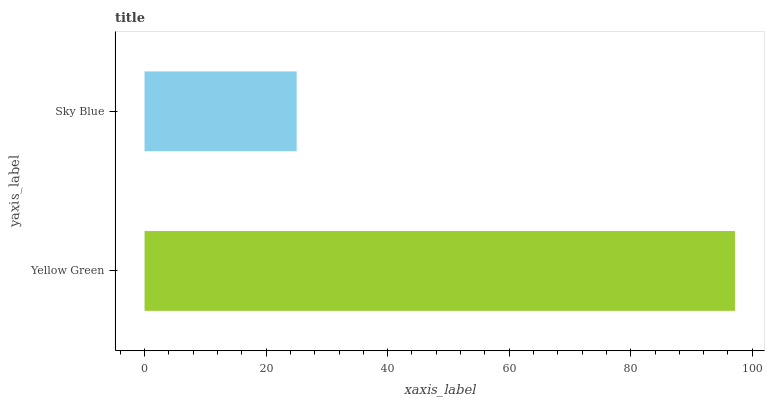
| yaxis_label | bars |
 | --- | --- |
 | Yellow Green | 97.2 |
 | Sky Blue | 25 |